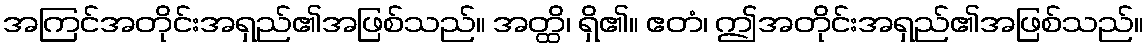
အကြင်အတိုင်းအရှည်၏အဖြစ်သည်။ အတ္ထိ၊ ရှိ၏။ ဧတံ၊ ဤအတိုင်းအရှည်၏အဖြစ်သည်။